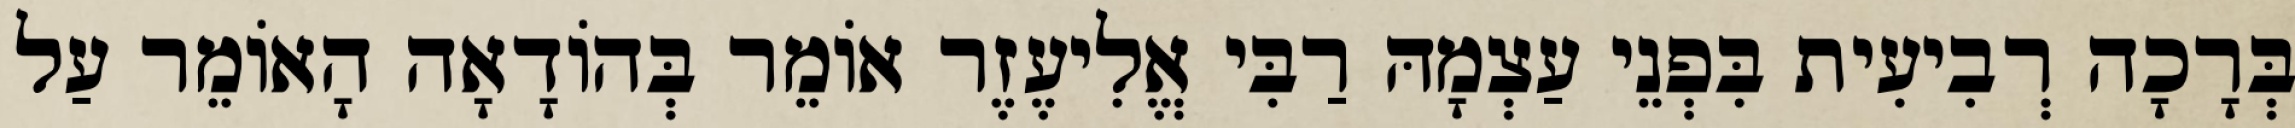
בְּרָכָה רְבִיעִית בִּפְנֵי עַצְמָהּ רַבִּי אֱלִיעֶזֶר אוֹמֵר בְּהוֹדָאָה הָאוֹמֵר עַל